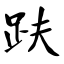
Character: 趺